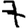
Digit: 7